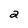
Character: a